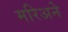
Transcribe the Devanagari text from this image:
मरिअने